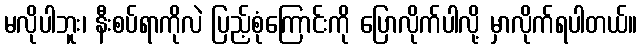
မလိုပါဘူး၊ နီးစပ်ရာကိုလဲ ပြည့်စုံကြောင်းကို ပြောလိုက်ပါလို့ မှာလိုက်ရပါတယ်။